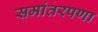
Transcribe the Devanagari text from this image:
समांतरपणा